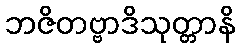
ဘဇိတဗ္ဗာဒိသုတ္တာနိ